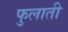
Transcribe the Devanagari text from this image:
फुलाती